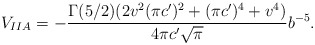
\begin{align*}V_{IIA}=-\frac{\Gamma(5/2) (2v^2(\pi c')^2+(\pi c')^4+v^4)}{4\pi c'\sqrt{\pi}}b^{-5}.\end{align*}